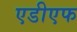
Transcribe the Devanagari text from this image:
एडीएफ